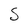
Character: S